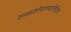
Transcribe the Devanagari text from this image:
शब्दशोधाव्यतिरिक्त